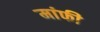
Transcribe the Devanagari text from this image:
मांफी